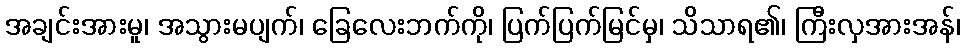
အချင်းအားမူ၊ အသွားမပျက်၊ ခြေလေးဘက်ကို၊ ပြက်ပြက်မြင်မှ၊ သိသာရ၏၊ ကြီးလှအားအန်၊